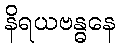
နိရယဗန္ဓနေ